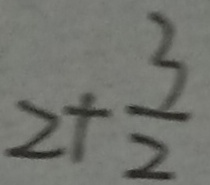
2 + \frac { 3 } { 2 }